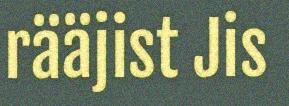
rääjist Jis